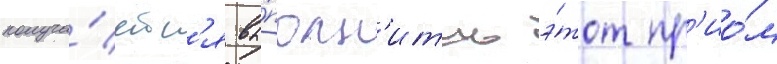
получа́етс'я вы́полн'ить э́тот пр'ио́м